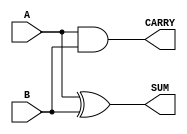
module Parameterized_Half_Adder #(
    parameter BIT_WIDTH = 1  // Parameter to define the bit-width of inputs and outputs
) (
    input  [BIT_WIDTH-1:0] A,  // Input operand A
    input  [BIT_WIDTH-1:0] B,  // Input operand B
    output [BIT_WIDTH-1:0] SUM, // Output for sum
    output [BIT_WIDTH-1:0] CARRY // Output for carry
);

    // Sum calculation using XOR
    assign SUM = A ^ B;

    // Carry calculation using AND
    assign CARRY = A & B;

endmodule